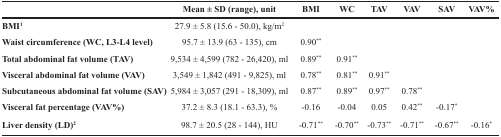
<table><thead><tr><td></td><td><b>Mean ± SD (range), unit</b></td><td><b>BMI</b></td><td><b>WC</b></td><td><b>TAV</b></td><td><b>VAV</b></td><td><b>SAV</b></td><td><b>VAV%</b></td></tr></thead><tbody><tr><td><b>BMI<sup>1</sup></b></td><td>27.9 ± 5.8 (15.6 − 50.0), kg/m<sup>2</sup></td><td></td><td></td><td></td><td></td><td></td><td></td></tr><tr><td><b>Waist circumference (WC, L3-L4 level)</b></td><td>95.7 ± 13.9 (63 - 135), cm</td><td>0.90<sup>**</sup></td><td></td><td></td><td></td><td></td><td></td></tr><tr><td><b>Total abdominal fat volume (TAV)</b></td><td>9,534 ± 4,599 (782 - 26,420), ml</td><td>0.89<sup>**</sup></td><td>0.91<sup>**</sup></td><td></td><td></td><td></td><td></td></tr><tr><td><b>Visceral abdominal fat volume (VAV)</b></td><td>3,549 ± 1,842 (491 - 9,825), ml</td><td>0.78<sup>**</sup></td><td>0.81<sup>**</sup></td><td>0.91<sup>**</sup></td><td></td><td></td><td></td></tr><tr><td><b>Subcutaneous abdominal fat volume (SAV)</b></td><td>5,984 ± 3,057 (291 - 18,309), ml</td><td>0.87<sup>**</sup></td><td>0.89<sup>**</sup></td><td>0.97<sup>**</sup></td><td>0.78<sup>**</sup></td><td></td><td></td></tr><tr><td><b>Visceral fat percentage (VAV%)</b></td><td>37.2 ± 8.3 (18.1 - 63.3), %</td><td>−0.16</td><td>−0.04</td><td>0.05</td><td>0.42<sup>**</sup></td><td>−0.17<sup>*</sup></td><td></td></tr><tr><td><b>Liver density (LD)<sup>2</sup></b></td><td>98.7 ± 20.5 (28 - 144), HU</td><td>−0.71<sup>**</sup></td><td>−0.70<sup>**</sup></td><td>−0.73<sup>**</sup></td><td>−0.71<sup>**</sup></td><td>−0.67<sup>**</sup></td><td>−0.16<sup>*</sup></td></tr></tbody></table>